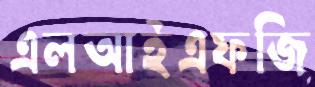
এলআইএফজি